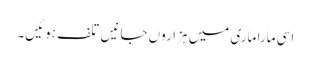
اسی مارا ماری میں ہزاروں جانیں تلف ہوئیں۔